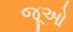
જૂઓ